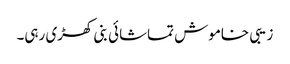
زیبی خاموش تماشائی بنی کھڑی رہی۔